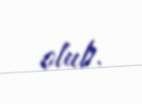
olub.